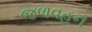
જળવહન